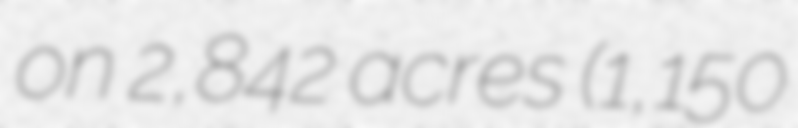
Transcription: on 2,842 acres (1,150